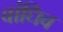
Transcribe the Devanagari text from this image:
बांधिव